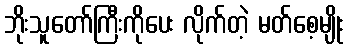
ဘိုးသူတော်ကြီးကိုပေး လိုက်တဲ့ မတ်စေ့မျိုး